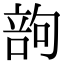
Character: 𠹪